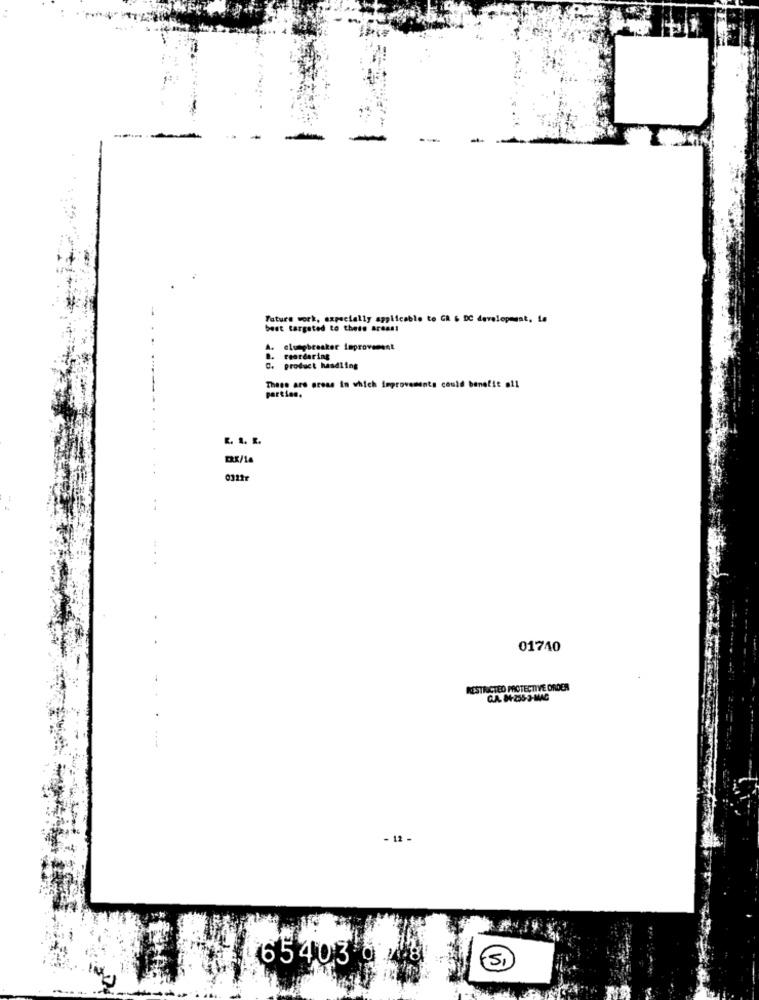
Future work, expecially applicable to GR & DC development, Le
beat targeted to these areas!
A. clungbreaker improvement
Feardering
Product hasdling
These are areas in which improvements could benefit all
partien.
R. I. E.
3312r
01740
RESTRICTED PROTECTIVE ORDER
G.A. M-255-3-MAC
- 12 -
65403 828
5,